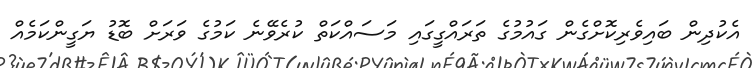
އެކުދިން ބައިވެރިކޮށްގެން ގައުމުގެ ތަރައްގީގައި މަސައްކަތް ކުރެވޭނެ ކަމުގެ ވަރަށް ބޮޑު ޔަގީންކަމެއް